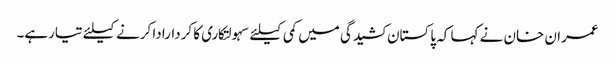
عمران خان نے کہا کہ پاکستان کشیدگی میں کمی کیلئے سہولتکاری کا کردارادا کرنے کیلئے تیارہے۔